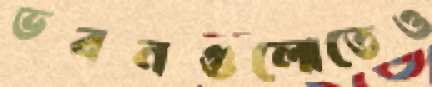
ভবনগুলোতেও